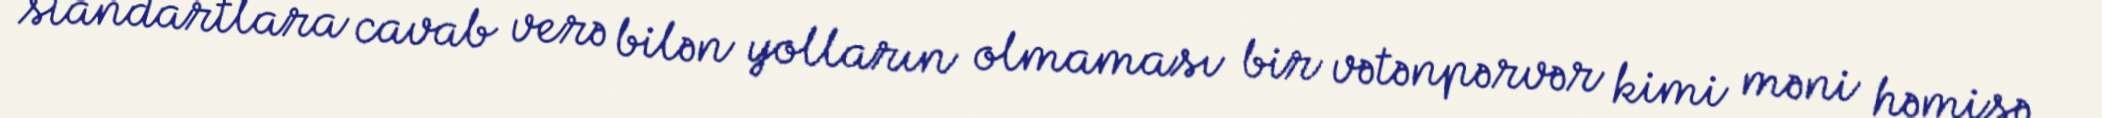
standartlara cavab verə bilən yolların olmaması bir vətənpərvər kimi məni həmişə